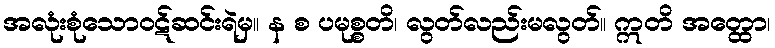
အလုံးစုံသောဝဋ်ဆင်းရဲမှ။ န စ ပမုစ္စတိ၊ လွတ်လည်းမလွတ်။ ဣတိ အတ္ထော၊